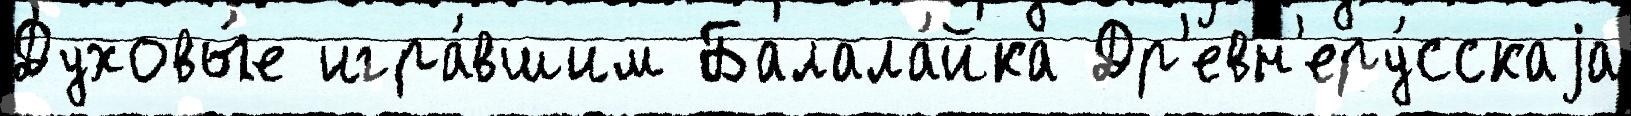
Духовы́е игра́вшим Балала́йка Др'евн'еру́сскаjа